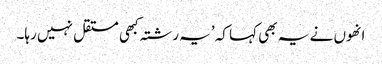
انھوں نے یہ بھی کہا کہ ’یہ رشتہ کبھی مستقل نہیں رہا۔